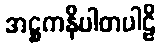
အဋ္ဌကနိပါတပါဠိ